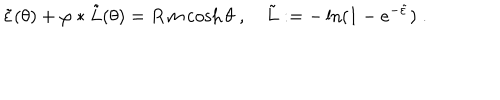
LaTeX: \tilde { \varepsilon } ( \theta ) + \varphi \ast \tilde { L } ( \theta ) = R \, m \cosh \theta \; , \quad \tilde { L } : = - \ln ( 1 - e ^ { - \tilde { \varepsilon } } ) \; .